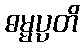
ဓမ္မပ္ပတိ